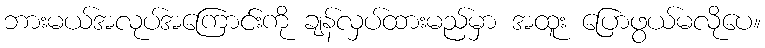
ဘားမယ်အလုပ်အကြောင်းကို ချန်လှပ်ထားမည်မှာ အထူး ပြောဖွယ်မလိုပေ။